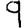
Digit: 9